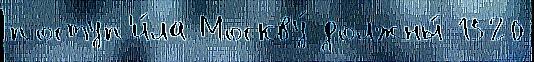
поступ'и́ла Москву́ должны́ 1520